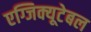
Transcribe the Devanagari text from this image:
एग्जिक्यूटेबल